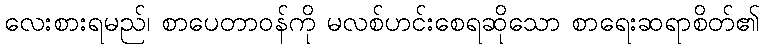
လေးစားရမည်၊ စာပေတာဝန်ကို မလစ်ဟင်းစေရဆိုသော စာရေးဆရာစိတ်၏